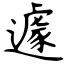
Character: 遽